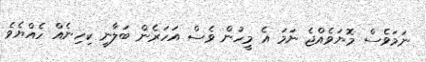
ނަމަވެސް މޮޔަވެއްޖެ ނަމަ އެ މީހުން ވެސް އަހަރެން ބަލާނީ ކިހިނެއް ހެއްޔެވެ